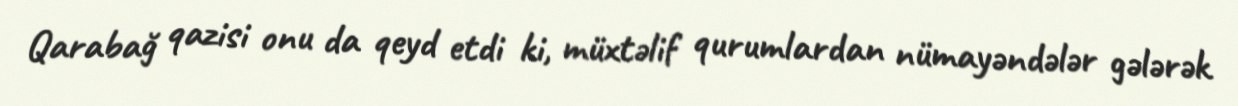
Qarabağ qazisi onu da qeyd etdi ki, müxtəlif qurumlardan nümayəndələr gələrək